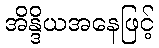
အိန္ဒိယအနေဖြင့်